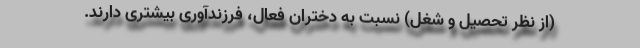
(از نظر تحصیل و شغل) نسبت به دختران فعال، فرزندآوری بیشتری دارند.